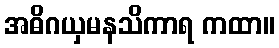
အဓိဂယှမနသိကာရ ကထာ။